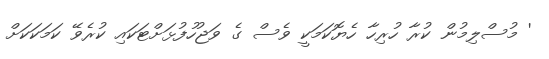
' މުސްލިމުން ކުރާ ހުރިހާ ހެޔޮކަމަކީ ވެސް ގެ ވަޖުހުފުޅަށްޓަކައި ކުރެވޭ ކަމަކަކަށް